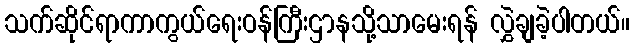
သက်ဆိုင်ရာကာကွယ်ရေးဝန်ကြီးဌာနသို့သာမေးရန် လွှဲချခဲ့ပါတယ်။